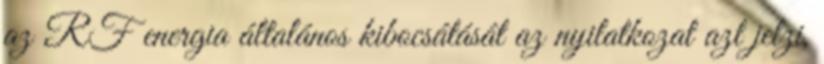
az RF energia általános kibocsátását az nyilatkozat azt jelzi,